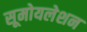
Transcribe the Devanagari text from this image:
सूमोयलेशन